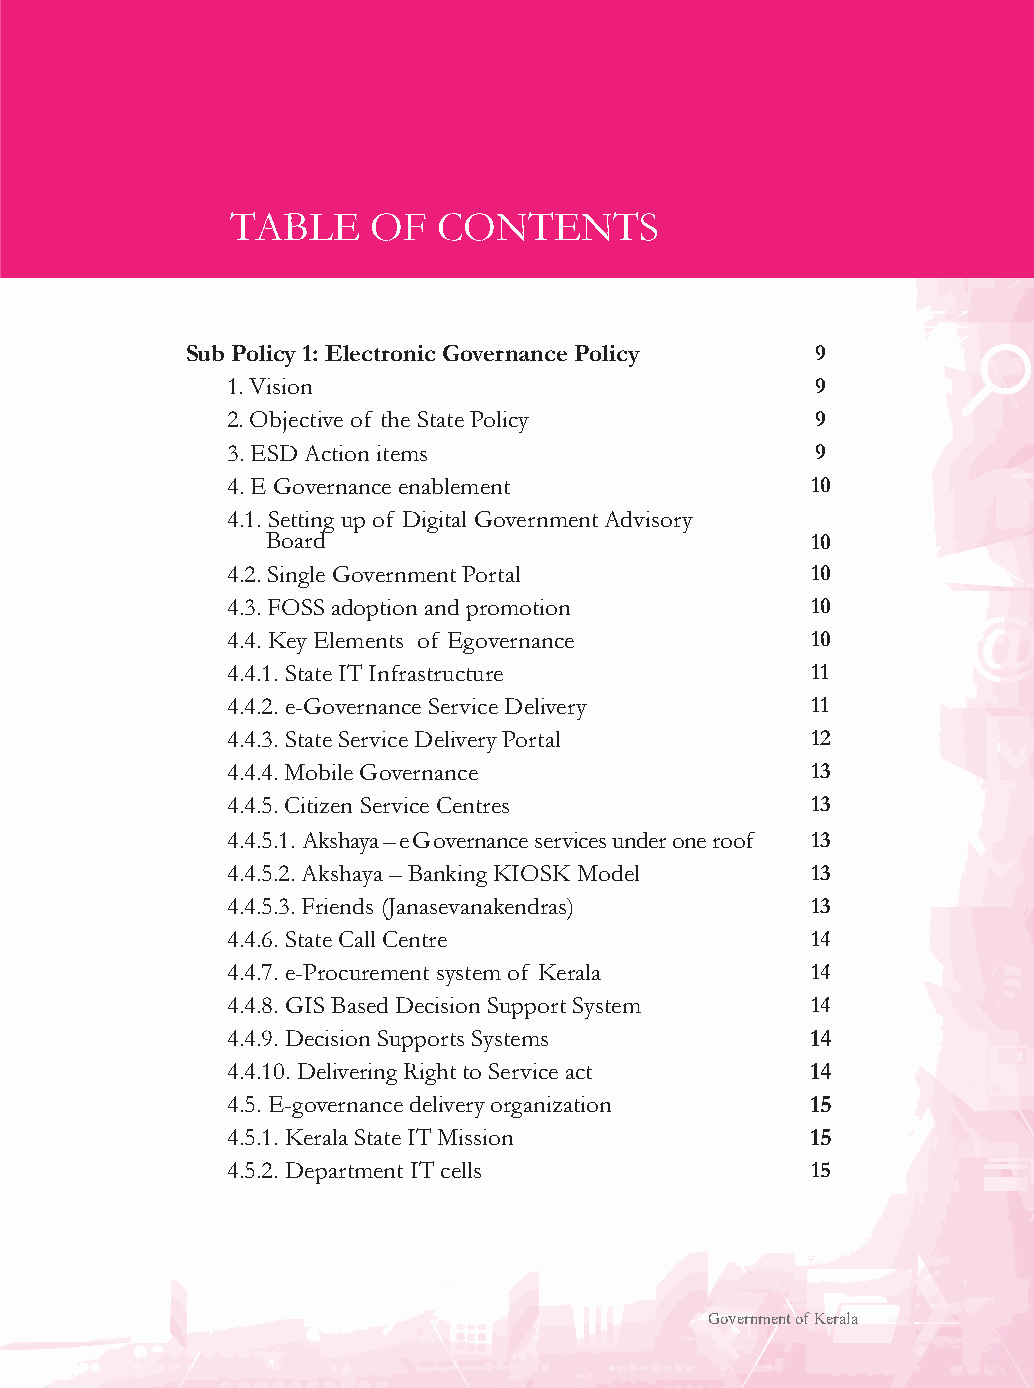
3
 TABLE     OF  CONTENTS
 Sub Policy 1: Electronic Governance Policy 9
 1. Vision                              9
 2. Objective of the State Policy       9
 3. ESD Action items                    9
 4. E Governance enablement             10
 4.1. Setting up of Digital Government Advisory
 Board                               10
 4.2. Single Government Portal          10
 4.3. FOSS adoption and promotion       10
 4.4. Key Elements of Egovernance       10
 4.4.1. State IT Infrastructure         11
 4.4.2. e-Governance Service Delivery   11
 4.4.3. State Service Delivery Portal   12
 4.4.4. Mobile Governance               13
 4.4.5. Citizen Service Centres         13
 4.4.5.1. Akshaya – eGovernance services under one roof 13
 4.4.5.2. Akshaya – Banking KIOSK Model 13
 4.4.5.3. Friends (Janasevanakendras)   13
 4.4.6. State Call Centre               14
 4.4.7. e-Procurement system of Kerala  14
 4.4.8. GIS Based Decision Support System 14
 4.4.9. Decision Supports Systems       14
 4.4.10. Delivering Right to Service act 14
 4.5. E-governance delivery organization 15
 4.5.1. Kerala State IT Mission         15
 4.5.2. Department IT cells             15
 Government of Kerala